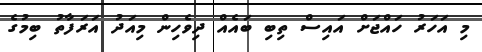
މި އަހަރު ހައްޖަށް އައިސް ތިބި ބައެއް ދިވެހިން މިއަދު އަރަފާތު ބިމުގެ